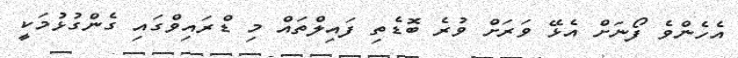
އެހެންވެ ފޯނަށް އެޅޭ ވަރަށް ވުރެ ބޮޑެތި ފައިލްތައް މި ޑްރައިވްގައި ގެންގުޅުމަކީ